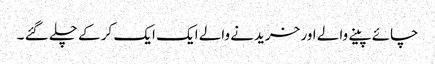
چائے پینے والے اور خریدنے والے ایک ایک کر کے چلے گئے ۔